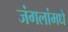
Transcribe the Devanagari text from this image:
जंगलांमधे